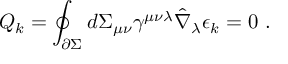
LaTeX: { \cal Q } _ { k } = \oint _ { \partial \Sigma } d \Sigma _ { \mu \nu } \gamma ^ { \mu \nu \lambda } \hat { \nabla } _ { \lambda } \epsilon _ { k } = 0 \ .